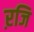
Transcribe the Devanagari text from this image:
ऱजि